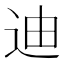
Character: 迪